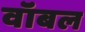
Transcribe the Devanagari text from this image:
वॉबल